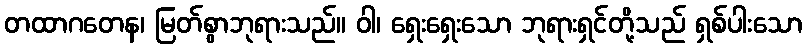
တထာဂတေန၊ မြတ်စွာဘုရားသည်။ ဝါ၊ ရှေးရှေးသော ဘုရားရှင်တို့သည် ရှစ်ပါးသော